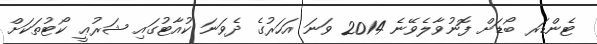
ޓެންޑަރ ބޯޑަށް ފޮނުވާލެވޭނެ 2014 ވަނަ އަހަރުގެ ދެވަނަ ކުއާޓުގައި ޝަރުޢީ ކޯޓުތަކަށް